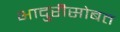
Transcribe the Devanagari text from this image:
भादुरीसोबत